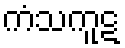
ကံသကူဋ